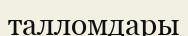
талломдары